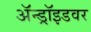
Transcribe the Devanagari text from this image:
ॲन्ड्रॉइडवर